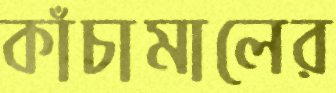
কাঁচামালের